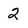
Character: 2